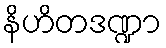
နိဟိတဒဏ္ဍာ